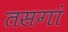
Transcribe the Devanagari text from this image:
तसगां